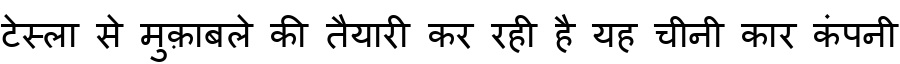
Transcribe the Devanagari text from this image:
टेस्ला से मुक़ाबले की तैयारी कर रही है यह चीनी कार कंपनी